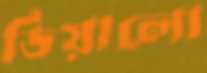
ডিয়ালো